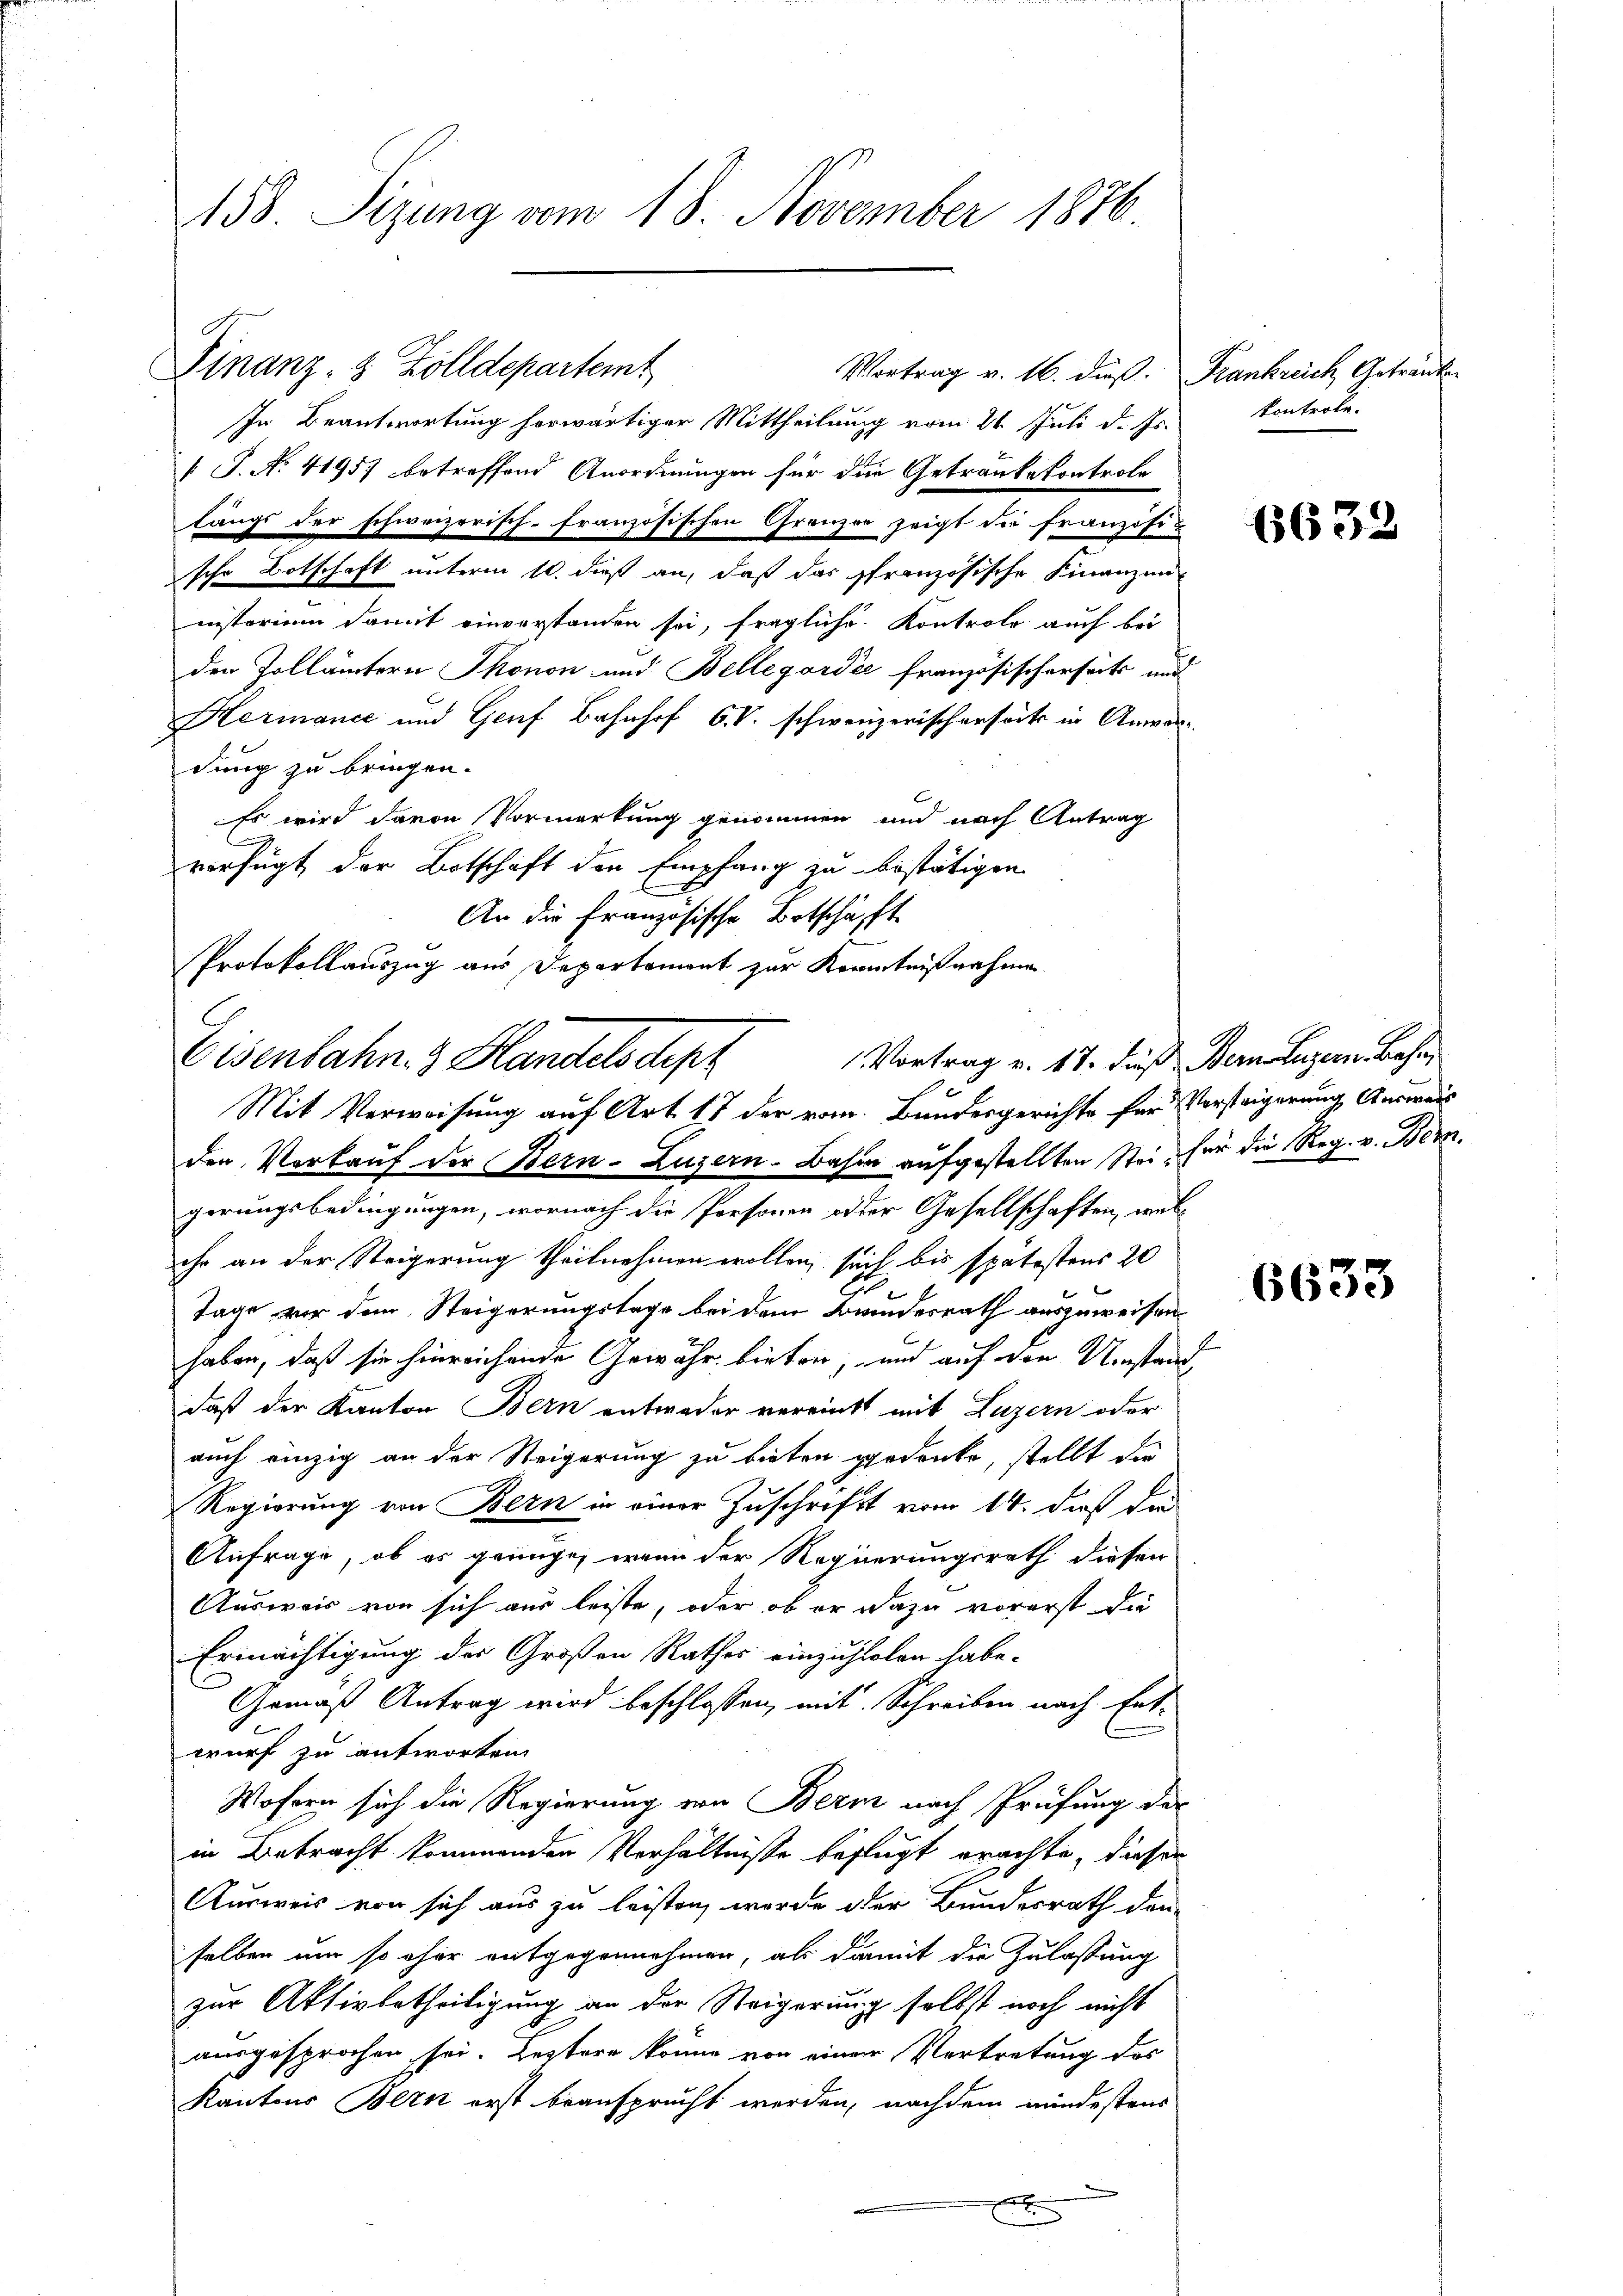
158 Sizung vom 18. November 1876.

Finanz- & Zolldepartemt
Vortrag v. 16. dieß. Frankreich Getränken
In Beantwortung herwärtiger Mittheilung vom 26. Juli d. Js.
 J. No. 41957 betreffend Anordnungen für die Getranke kontrole
längs der schweizerisch-französischen Grenzer zeigt die Französische Botschaft unterm 10. dieß an, daß das französische Finanzen
nistorium damit einverstanden sei, fragliche Kontrole auch bei
den Zollämtern Thonon und Bellegardée französischerseits und
Hermance und Genf Bahnhof C.V. schweizerischerseits in Anwar
dung zu bringen.
Es wird davon Vormerkung genommen und nach Antrag
verfügt der Botschaft den Empfang zu bestätigen
An die französische Botschäfft
Protokollauszug aus Departement zur Kenntnißnahme
den Verkauf der Bern-Luzern. Bahn aufgestellten Stein für die Reg. v. Bern.
gerungsbedingungen, wornach die Personen oder Gesellschaften, welihr an der Steigerung theilnehmen wollen, such bis spätestens 20
Tage vor dem Steigerungstage bei dem Brindesrath auszuweisen.
B
haben, daß sie hinreichende Gewahr bieten, und auf den Umstand,
daß der Kanton Bern entweder vereinkt mit Luzern oder
auch einzig an der Steigerung zu bieten gedenke, stellt die
Regierung von Bern in einer Zuschrift vom 14. daß die
Anfrage, ob es gründe, wenn der Regierungsrath diesen
Ausweis von sich aus leiste, oder ob er dazu vorerst die
Ermächtigung des Großen Rathes einzuholen habe.
Gemäß Antrag wird beschlossen, mit Schreiben nach Entwurf zu antworten.
Wofern sich die Regierung von Bern nach Prüfung der
in Betracht kommenden Verhältnisse befugt erachte, diesen
Ausweis von sich aus zu leisten, worde der Bundesrath den
selben um so ohne entgegennehmen, als damit die Zulassung
zur Aktivbetheiligung an der Steigerung selbst noch nicht
ausgesprochen sei. Leztere könne von einer Vertretung des
Kantons Bern erst beansprucht werden, nachdem mindestens
x

Vortrag v. 17. Fuß Dein Luzern Bahn
Eisenbahn. 3. Handels dipl
Mit Verweisung auf Art. 17 der vom Bundesgerichte für Vorsteigerung Anweis

kontrole.

.

6632

6633